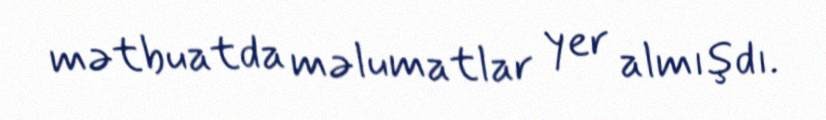
mətbuatda məlumatlar yer almışdı.